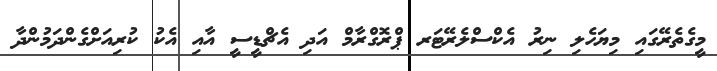
މީގެތެރޭގައި މިޔަހެލި ނިރު އެކްސްލެރޭޓަރ ޕްރޮގްރާމް އަދި އެޗްޑީސީ އާއި އެކު ކުރިއަށްގެންދަމުންދާ